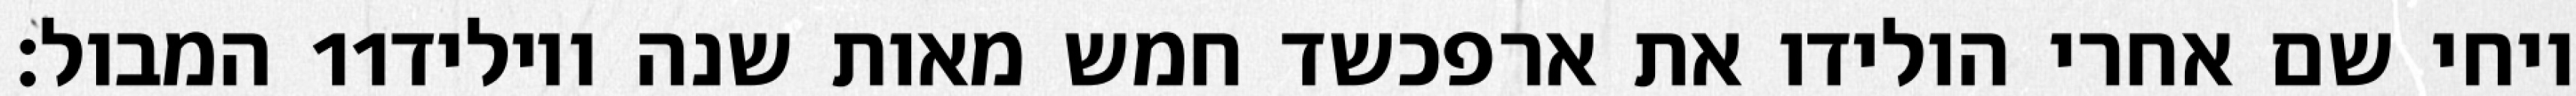
המבול׃ ‎11‏ ויחי שם אחרי הולידו את ארפכשד חמש מאות שנה ויוליד